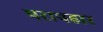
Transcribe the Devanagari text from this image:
परापहार